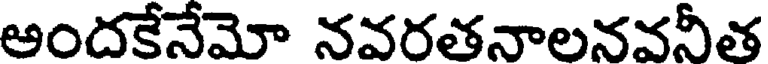
అందకేనేమో నవరతనాలనవనీత